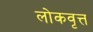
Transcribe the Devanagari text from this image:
लोकवृत्त